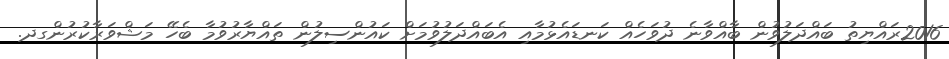
2016ރައްޔިތު ބައްދަލުވުން ބާއްވާނެ ދުވަހެއް ކަނޑައެޅުމާއި އެބައްދަލުވުމަށް ކައުންސިލުން ތައްޔާރުވުމާ ބެހޭ މަޝްވަރާކުރުންގދ.